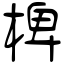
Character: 椑